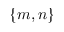
\{ m , n \}